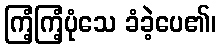
ကြံ့ကြံ့ပုံသေ ခံခဲ့ပေ၏၊